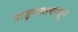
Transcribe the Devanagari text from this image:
वाङ्‌मयापासून